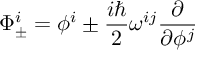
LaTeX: \Phi _ { \pm } ^ { i } = \phi ^ { i } \pm \frac { i \hbar } { 2 } \omega ^ { i j } \frac { \partial } { \partial \phi ^ { j } }